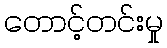
တောင့်တင်းမှု